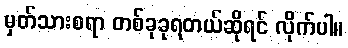
မှတ်သားစရာ တစ်ခုခုရတယ်ဆိုရင် လိုက်ပါ။